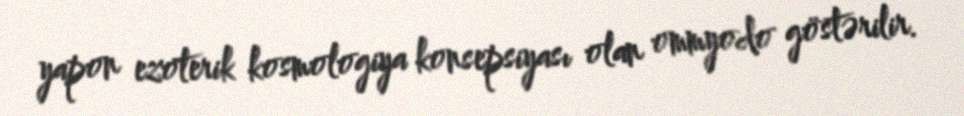
yapon ezoterik kosmologiya konsepsiyası olan ommyodo göstərilir.